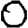
Digit: 0